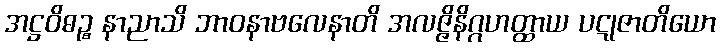
အဋ္ဌဝိဓဉ္စ နာညာသိ ဘာဝနာဗလေနာတိ အလဇ္ဇိနိဂ္ဂဟတ္ထာယ ပဋုဇာတိယော